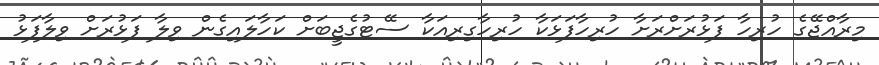
މިރާއްޖޭގެ ހުރިހާ ފަޅުރަށްރަށާ ހުރިހާފަޅަކާ ހުރިހާގިރިއަކާ ސޭޓުގެޖީބަށް ކަހާލައިގެން ވިލާ ފަޅުރަށް ވިލާފަޅު